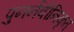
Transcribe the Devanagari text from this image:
पुनर्नवीनिकृत